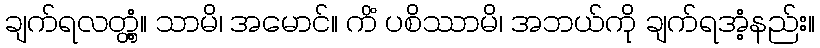
ချက်ရလတ္တံ့။ သာမိ၊ အမောင်။ ကိံ ပစိဿာမိ၊ အဘယ်ကို ချက်ရအံ့နည်း။